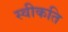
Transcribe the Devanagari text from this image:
स्वीकति